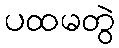
ပထမတွဲ